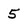
Character: 5